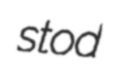
stod